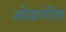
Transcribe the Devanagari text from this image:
ओढणीत